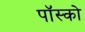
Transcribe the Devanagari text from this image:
पॉस्को